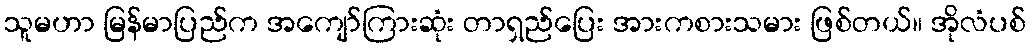
သူမဟာ မြန်မာပြည်က အကျော်ကြားဆုံး တာရှည်ပြေး အားကစားသမား ဖြစ်တယ်။ အိုလံပစ်